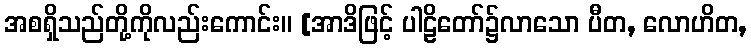
အစရှိသည်တို့ကိုလည်းကောင်း။ [အာဒိဖြင့် ပါဠိတော်၌လာသော ပီတ, လောဟိတ,